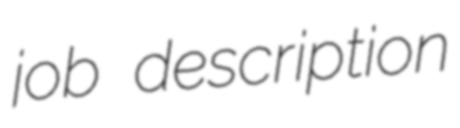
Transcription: job description